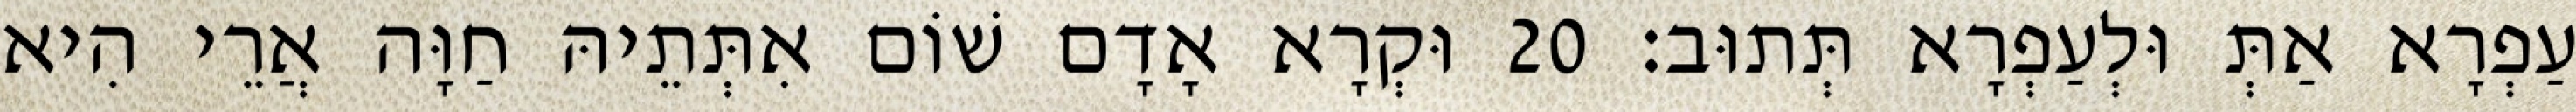
עַפְרָא אַתְּ וּלְעַפְרָא תְּתוּב׃ 20 וּקְרָא אָדָם שׁוֹם אִתְּתֵיהּ חַוָּה אֲרֵי הִיא